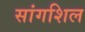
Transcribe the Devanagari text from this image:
सांगशिल